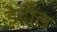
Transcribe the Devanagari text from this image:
डेटोल